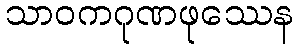
သာဝကဂုဏဖုဿေန